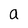
Character: a